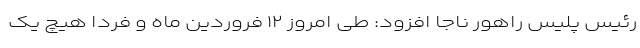
رئیس پلیس راهور ناجا افزود: طی امروز ۱۲ فروردین ماه و فردا هیچ یک